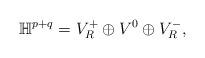
LaTeX: \begin{align*} \mathbb{H}^{p+q}=V_{R}^{+}\oplus V^{0}\oplus V_{R}^{-},\end{align*}